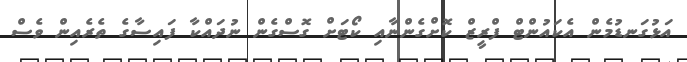
އަޅުގަނޑުމެން އެކައުންޓް ފްރީޒް ކޮށްގެންނާއި ކޯޓަށް ގޮސްގެން ނުދައްކާ ފައިސާގެ ތެރެއިން ވެސް